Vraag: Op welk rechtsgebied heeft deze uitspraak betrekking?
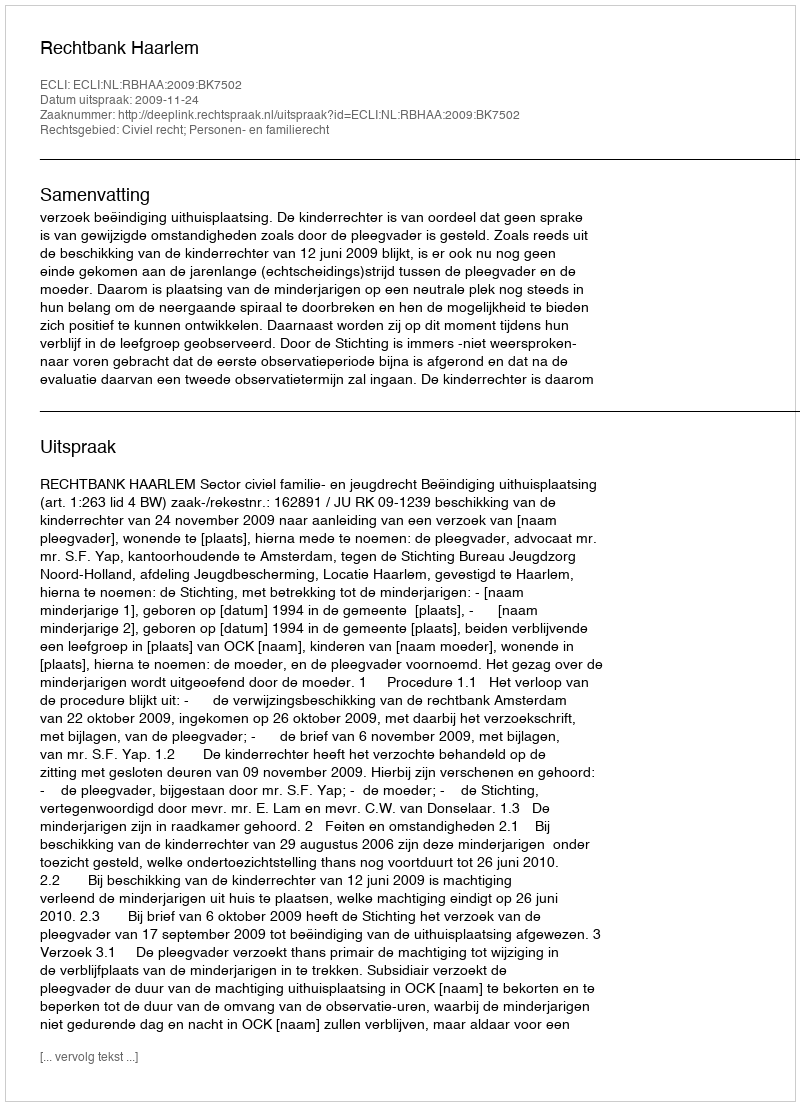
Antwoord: Civiel recht; Personen- en familierecht